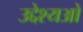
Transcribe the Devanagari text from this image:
उद्देश्यओ